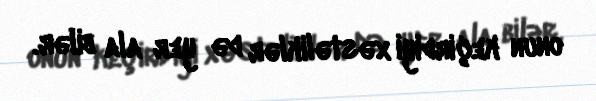
onun keçirdiyi xəstəliklər də yer ala bilər.